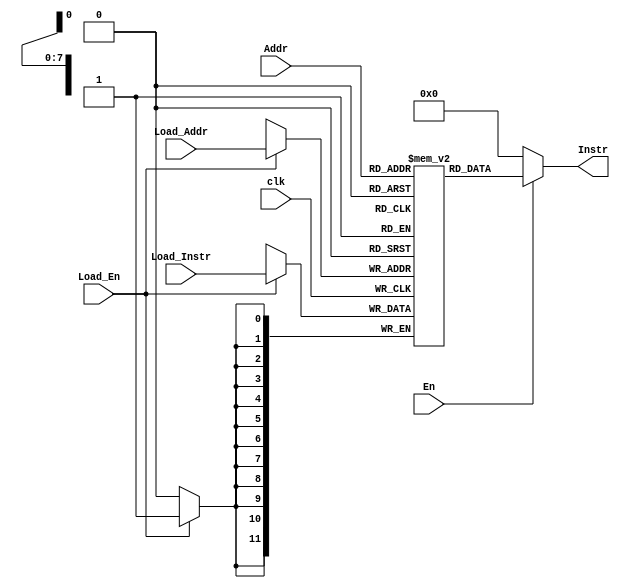
/*****************************************************************************
 *
 *Program Memory (256 bytes) for 12 bit Microcontoller
 *Inputs : Instr_port (12 bits), En, Load_En, clk, Load_Addr(8 bits),
 *		   Load_Instr(12 bits)  
 *
 *Outputs: Out_data (8bits)  
 *
 *Reference:
 *http://www.fpga4student.com/2016/11/verilog-hdl-implementation-of-micro.html
 *****************************************************************************/

 module PMem(
 	input clk,
 	input En,
 	input [7:0] Addr,
 	input Load_En,
 	input [7:0] Load_Addr,
 	input [11:0]Load_Instr,
 	output [11:0] Instr
 );

 reg [11:0] Prog_Mem[255:0];

 always@(posedge clk)
 begin
 	if(Load_En) begin
 		Prog_Mem[Load_Addr] <= Load_Instr;
 	end
 end

 assign Instr = (En == 1)? Prog_Mem[Addr]:0;
 endmodule